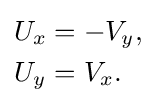
{\begin{aligned}U_{x}&=-V_{y},\\U_{y}&=V_{x}.\end{aligned}}